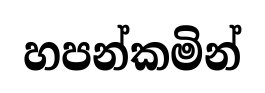
හපන්කමින්